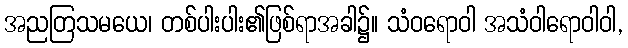
အညတြသမယေ၊ တစ်ပါးပါး၏ဖြစ်ရာအခါ၌။ သံဝရောဝါ အသံဝါရောဝါဝါ,